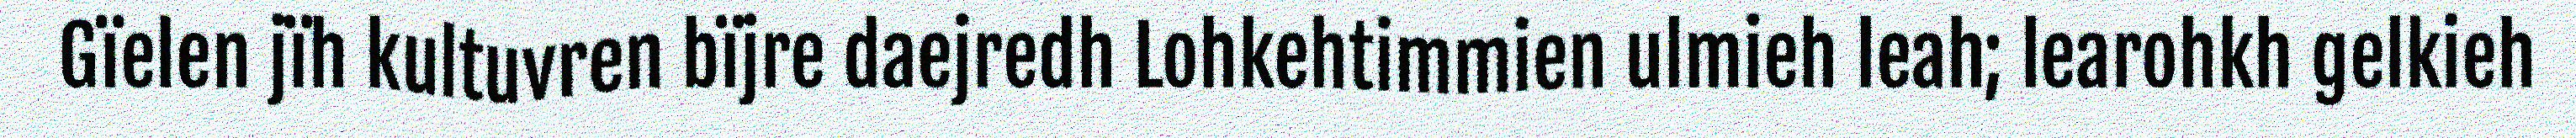
Gïelen jïh kultuvren bïjre daejredh Lohkehtimmien ulmieh leah; learohkh gelkieh